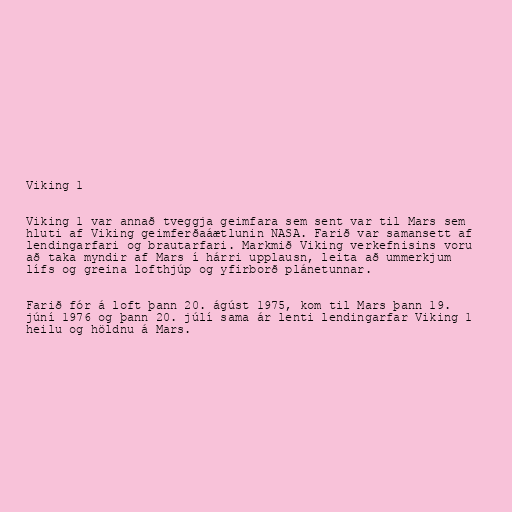
Viking 1

Viking 1 var annað tveggja geimfara sem sent var til Mars sem
hluti af Viking geimferðaáætlunin NASA. Farið var samansett af
lendingarfari og brautarfari. Markmið Viking verkefnisins voru
að taka myndir af Mars í hárri upplausn, leita að ummerkjum
lífs og greina lofthjúp og yfirborð plánetunnar.

Farið fór á loft þann 20. ágúst 1975, kom til Mars þann 19.
júní 1976 og þann 20. júlí sama ár lenti lendingarfar Viking 1
heilu og höldnu á Mars.